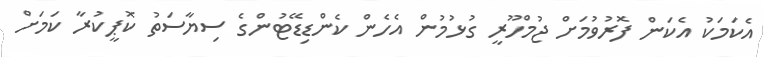
އެކަމަކު އެކަން ފޮރުވުމަށް ޖުމްހޫރީ ގުޅުމުން އެހެން ކެންޑިޑޭޓުންގެ ސިޔާސަތު ކޮޕީކުރާ ކަމަށް